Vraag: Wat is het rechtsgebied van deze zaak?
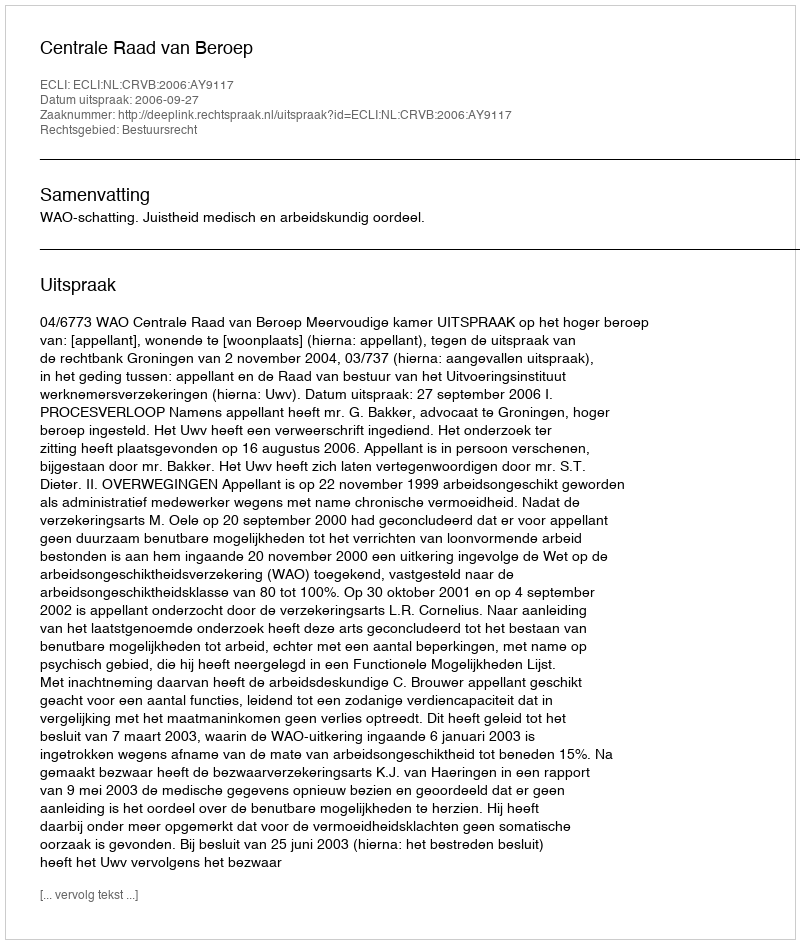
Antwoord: Bestuursrecht